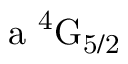
\mathrm { a \ ^ { 4 } G _ { 5 / 2 } }